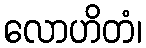
လောဟိတံ၊